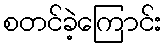
စတင်ခဲ့ကြောင်း